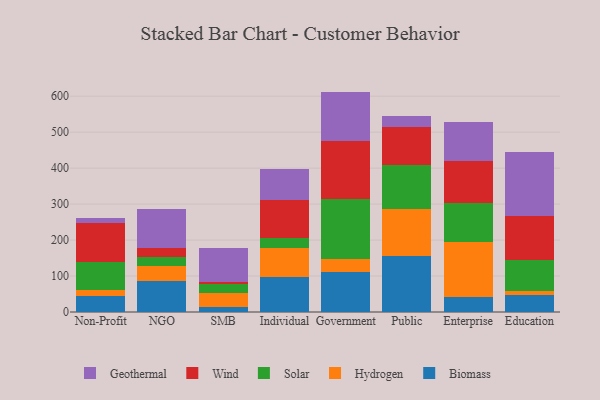
{"axis": {"x": "Segment", "y": "Demand Index"}, "legend": ["Biomass", "Geothermal", "Hydrogen", "Solar", "Wind"], "data": [{"x": "Non-Profit", "y": 43.2, "type": "Biomass"}, {"x": "Non-Profit", "y": 19.2, "type": "Hydrogen"}, {"x": "Non-Profit", "y": 77.2, "type": "Solar"}, {"x": "Non-Profit", "y": 106.8, "type": "Wind"}, {"x": "Non-Profit", "y": 14.8, "type": "Geothermal"}, {"x": "NGO", "y": 87.0, "type": "Biomass"}, {"x": "NGO", "y": 42.2, "type": "Hydrogen"}, {"x": "NGO", "y": 23.7, "type": "Solar"}, {"x": "NGO", "y": 23.9, "type": "Wind"}, {"x": "NGO", "y": 108.6, "type": "Geothermal"}, {"x": "SMB", "y": 14.5, "type": "Biomass"}, {"x": "SMB", "y": 37.7, "type": "Hydrogen"}, {"x": "SMB", "y": 25.1, "type": "Solar"}, {"x": "SMB", "y": 7.4, "type": "Wind"}, {"x": "SMB", "y": 92.8, "type": "Geothermal"}, {"x": "Individual", "y": 96.1, "type": "Biomass"}, {"x": "Individual", "y": 82.5, "type": "Hydrogen"}, {"x": "Individual", "y": 27.7, "type": "Solar"}, {"x": "Individual", "y": 104.3, "type": "Wind"}, {"x": "Individual", "y": 86.5, "type": "Geothermal"}, {"x": "Government", "y": 112.4, "type": "Biomass"}, {"x": "Government", "y": 34.9, "type": "Hydrogen"}, {"x": "Government", "y": 166.2, "type": "Solar"}, {"x": "Government", "y": 161.5, "type": "Wind"}, {"x": "Government", "y": 137.8, "type": "Geothermal"}, {"x": "Public", "y": 154.8, "type": "Biomass"}, {"x": "Public", "y": 132.7, "type": "Hydrogen"}, {"x": "Public", "y": 121.6, "type": "Solar"}, {"x": "Public", "y": 106.5, "type": "Wind"}, {"x": "Public", "y": 29.4, "type": "Geothermal"}, {"x": "Enterprise", "y": 40.9, "type": "Biomass"}, {"x": "Enterprise", "y": 152.9, "type": "Hydrogen"}, {"x": "Enterprise", "y": 108.1, "type": "Solar"}, {"x": "Enterprise", "y": 117.5, "type": "Wind"}, {"x": "Enterprise", "y": 108.7, "type": "Geothermal"}, {"x": "Education", "y": 48.5, "type": "Biomass"}, {"x": "Education", "y": 10.6, "type": "Hydrogen"}, {"x": "Education", "y": 85.8, "type": "Solar"}, {"x": "Education", "y": 121.0, "type": "Wind"}, {"x": "Education", "y": 179.0, "type": "Geothermal"}]}